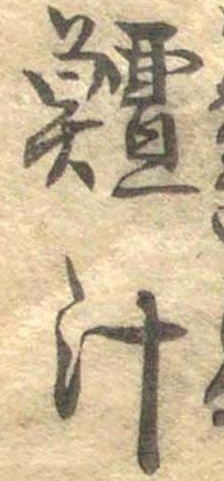
鱣汁